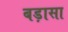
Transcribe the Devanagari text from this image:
बड़ासा